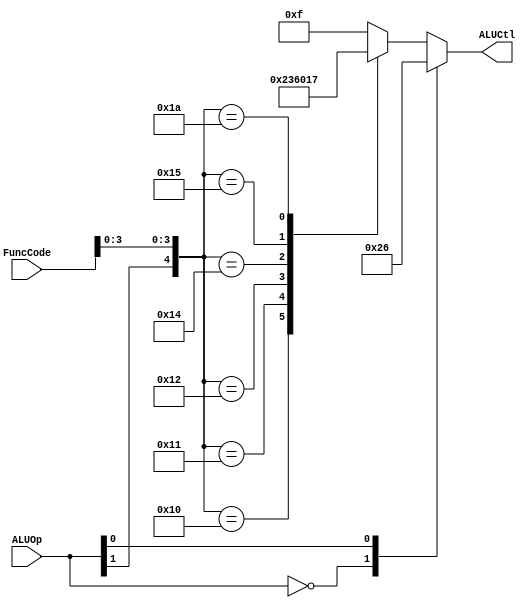
`timescale 1ns / 1ps
//////////////////////////////////////////////////////////////////////////////////
// Company: 
// Engineer: 
// 
// Design Name: 
// Module Name: ALU_CONTROL_UNIT
// Project Name: 
// Target Devices: 
// Tool Versions: 
// Description: 
// 
// Dependencies: 
// 
// Revision:
// Revision 0.01 - File Created
// Additional Comments:
// 
//////////////////////////////////////////////////////////////////////////////////


(* keep_hierarchy = "yes" *) module ALU_CONTROL_UNIT(ALUOp, FuncCode, ALUCtl);
    input [1:0] ALUOp;
    input [5:0] FuncCode;
    output [3:0] ALUCtl;
    reg [3:0] ALUCtl;
    wire [7:0] comb;
    
    assign comb[7:0] = {ALUOp[1:0], FuncCode[5:0]};
    
    always @(comb) begin
        casex (comb)
            8'b00_xxxxxx:
                ALUCtl <= 4'b0010;
            8'bx1_xxxxxx:
                ALUCtl <= 4'b0110;
            8'b1x_xx0000:
                ALUCtl <= 4'b0010;
            8'b1x_xx0001:
                ALUCtl <= 4'b0011;
            8'b1x_xx0010:
                ALUCtl <= 4'b0110;   
            8'b1x_xx0100:
                ALUCtl <= 4'b0000;  
            8'b1x_xx0101:
                ALUCtl <= 4'b0001;
            8'b1x_xx1010:
                ALUCtl <= 4'b0111;
            default:
                ALUCtl <= 4'b1111;
        endcase
    end
    
endmodule